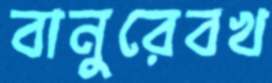
বানুরেবখ